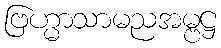
ဗြဟ္မာသာမညအမ္ဗဋ္ဌ